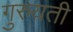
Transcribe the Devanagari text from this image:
गुरुयती